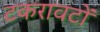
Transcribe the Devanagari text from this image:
टकरावटों